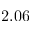
2 . 0 6